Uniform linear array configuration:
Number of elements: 16
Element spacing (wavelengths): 1
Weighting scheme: exponential
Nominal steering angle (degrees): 30
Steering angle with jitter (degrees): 31.641
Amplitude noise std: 0.05
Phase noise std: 0.05

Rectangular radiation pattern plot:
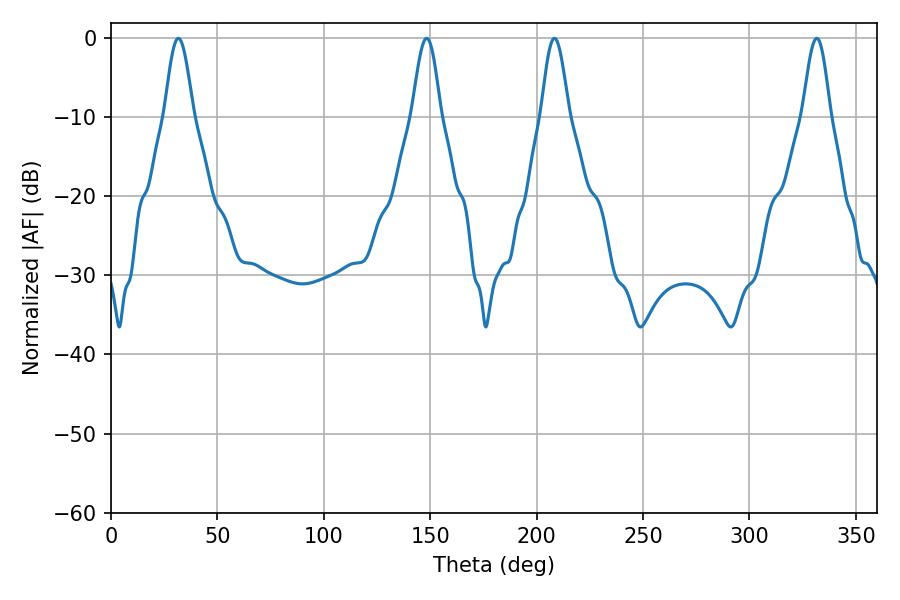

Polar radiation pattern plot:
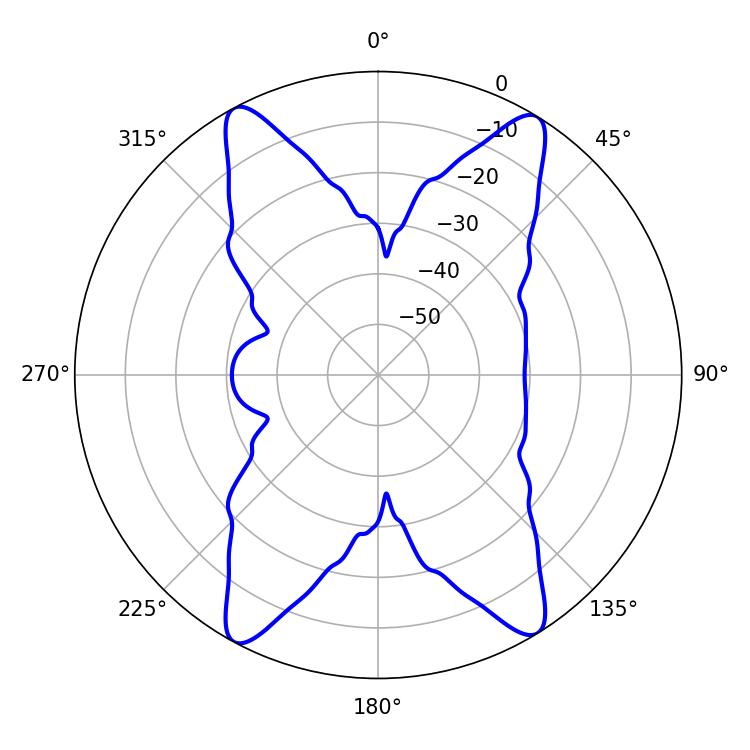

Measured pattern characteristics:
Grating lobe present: TRUE
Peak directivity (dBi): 20.187
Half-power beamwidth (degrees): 7.2
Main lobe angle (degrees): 31.68